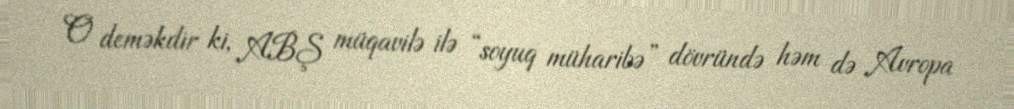
O deməkdir ki, ABŞ müqavilə ilə “soyuq müharibə” dövründə həm də Avropa